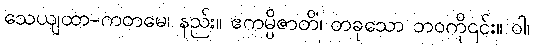
သေယျထာ-ကတမေ၊ နည်း။ ဧကမ္ပိဇာတိံ၊ တခုသော ဘဝကို၎င်း။ ဝါ၊